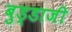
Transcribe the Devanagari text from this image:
बुड्डाजी